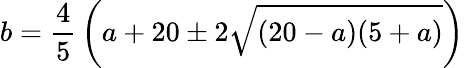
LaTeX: b={\frac{4}{5}}\left(a+20\pm 2{\sqrt{(20-a)(5+a)}}\right)